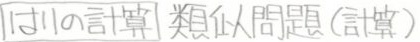
$|  5 |  + 1 の計算 類似問題(計算)$